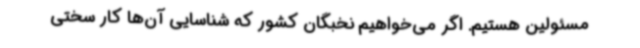
مسئولین هستیم. اگر می‌خواهیم نخبگان کشور که شناسایی آن‌ها کار سختی